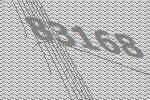
83168